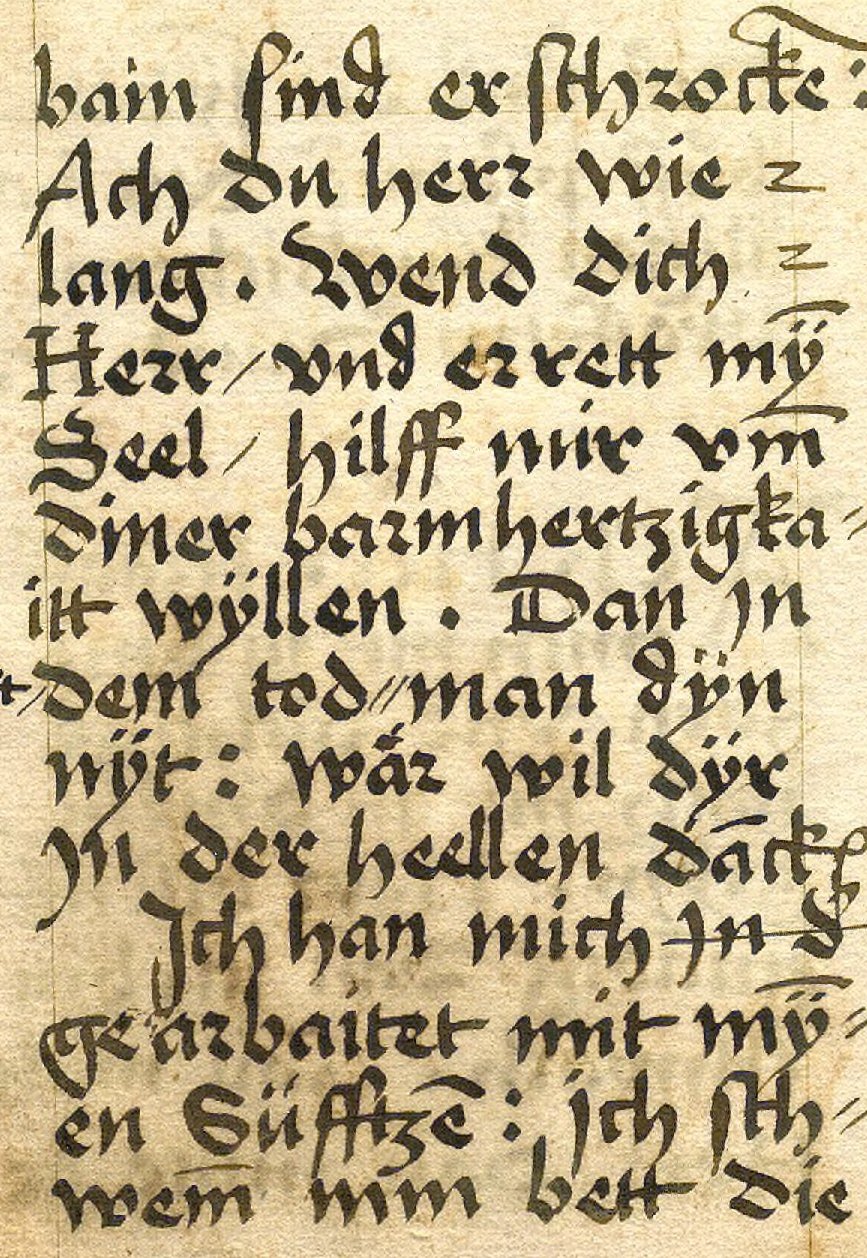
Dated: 1533–1565